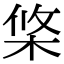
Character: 𣒼